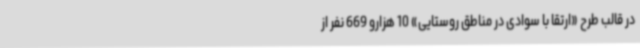
در قالب طرح «ارتقا با سوادی در مناطق روستایی» 10 هزارو 669 نفر از